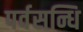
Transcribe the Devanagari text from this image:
पर्वसन्धि